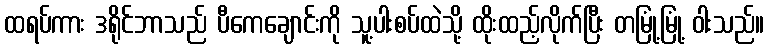
ထရပ်ကား ဒရိုင်ဘာသည် ပီကေချောင်းကို သူ့ပါးစပ်ထဲသို့ ထိုးထည့်လိုက်ပြီး တမြုံ့မြုံ့ ဝါးသည်။